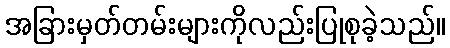
အခြားမှတ်တမ်းများကိုလည်းပြုစုခဲ့သည်။